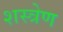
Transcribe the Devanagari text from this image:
शस्त्रेण